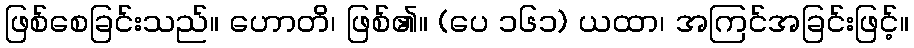
ဖြစ်စေခြင်းသည်။ ဟောတိ၊ ဖြစ်၏။ (ပေ ၁၆၁) ယထာ၊ အကြင်အခြင်းဖြင့်။